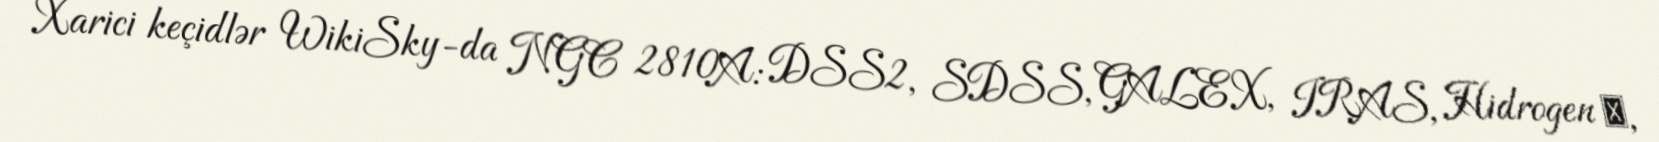
Xarici keçidlər WikiSky-da NGC 2810A: DSS2, SDSS, GALEX, IRAS, Hidrogen α,